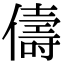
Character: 儔